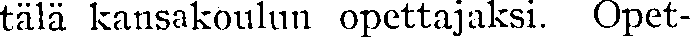
tälä kansakoulun opettajaksi. Opet-